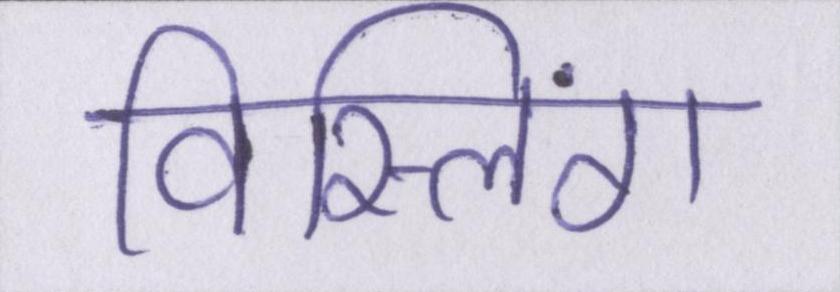
विस्लिंग